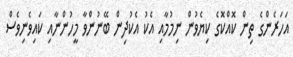
އަހަރެންގެ ތިން ކޮއްކޮގެ ކިޔެވުން ނިމުމާއި އެކު އެކުދިން ބޭނުންވާ މީހުންނާއި ކައިވެނިވެސް